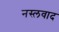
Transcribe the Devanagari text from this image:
नस्‍लवाद